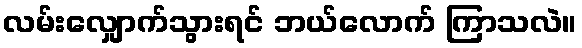
လမ်းလျှောက်သွားရင် ဘယ်လောက် ကြာသလဲ။